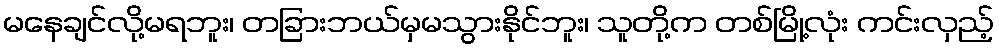
မနေချင်လို့မရဘူး၊ တခြားဘယ်မှမသွားနိုင်ဘူး၊ သူတို့က တစ်မြို့လုံး ကင်းလှည့်